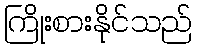
ကြိုးစားနိုင်သည်